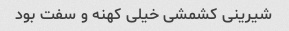
شیرینی کشمشی خیلی کهنه و سفت بود